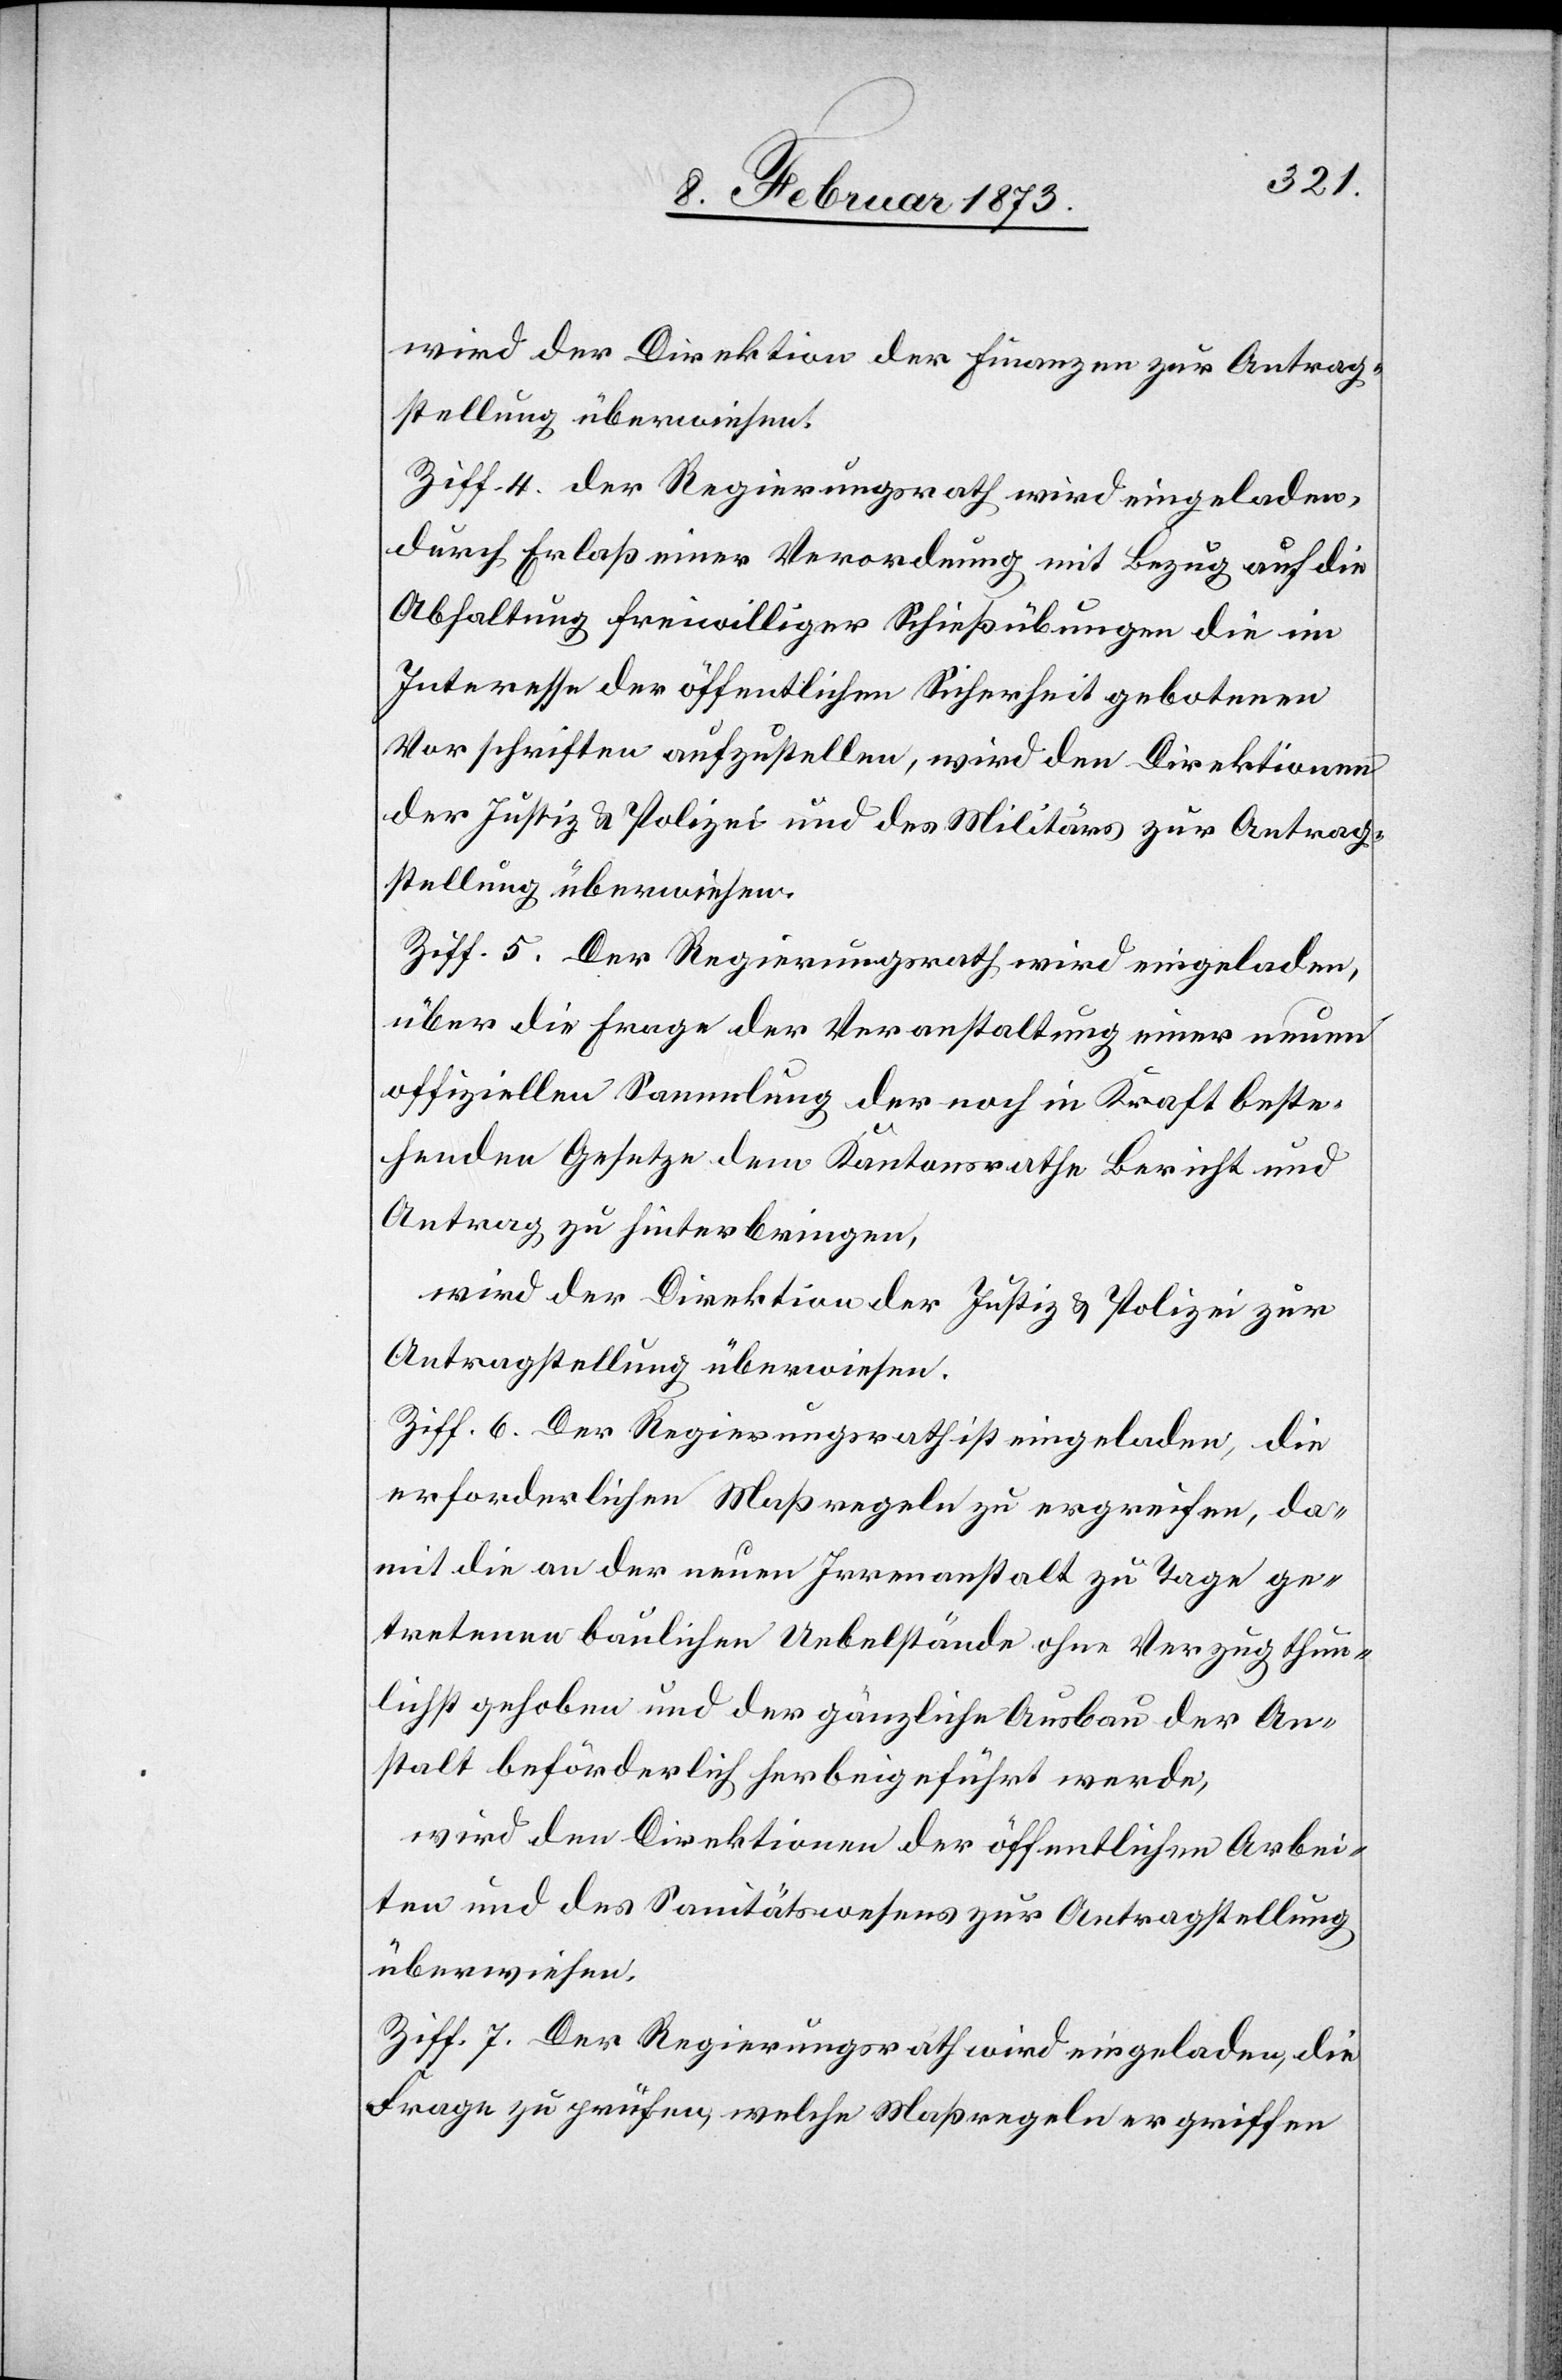
wird der Direktion der Finanzen zur Antrag¬
stellung überwiesen.
Ziff. 4. der Regierungsrath wird eingeladen,
durch Erlaß einer Verordnung mit Bezug auf die
Abhaltung freiwilliger Schießübungen die im
Interesse der öffentlichen Sicherheit gebotenen
Vorschriften aufzustellen, wird den Direktionen
der Justiz- u. Polizei und des Militärs zur Antrag¬
stellung überwiesen.
Ziff. 5. Der Regierungsrath wird eingeladen,
über die Frage der Veranstaltung einer neuen
offiziellen Sammlung der noch in Kraft beste¬
henden Gesetze dem Kantonsrathe Bericht und
Antrag zu hinterbringen,
wird der Direktion der Justiz u. Polizei zur
Antragstellung überwiesen.
Ziff. 6. Der Regierungsrath ist eingeladen, die
erforderlichen Maßregeln zu ergreifen, da¬
mit die an der neuen Irrenastalt zu Tage ge¬
tretenen baulichen Uebelstände ohne Verzug thun¬
lichst gehoben und der gänzliche Ausbau der An¬
stalt beförderlich herbeigeführt werde,
wird den Direktionen der öffentlichen Arbei¬
ten und des Sanitätswesens zur Antragstellung
überwiesen.
Ziff. 7. Der Regierungsrath wird eingeladen, die
Frage zu prüfen[,] welche Maßregeln ergriffen